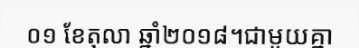
០១ ខែតុលា ឆ្នាំ២០១៨។ជាមួយគ្នា